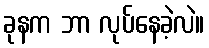
ခုနက ဘာ လုပ်နေခဲ့လဲ။